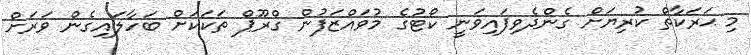
މި ޙަރަކާތް ކުރިޔަށް ގެންދެވިފައިވަނީ ކޯޓުގެ މުވައްޒަފުން ގްރޫޕް ތަކަކަށް ބަހާލައިގެން ވަރަށް